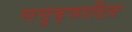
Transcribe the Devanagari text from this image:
समुद्घाटित